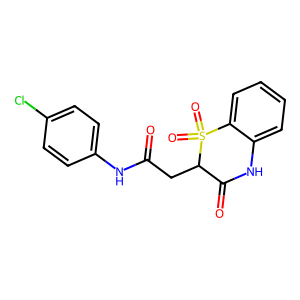
SMILES: O=C(CC1C(=O)Nc2ccccc2S1(=O)=O)Nc1ccc(Cl)cc1
Inhibits HIV replication: No